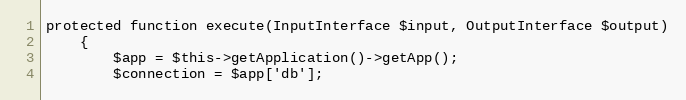
Language: PHP
protected function execute(InputInterface $input, OutputInterface $output)
    {
        $app = $this->getApplication()->getApp();
        $connection = $app['db'];